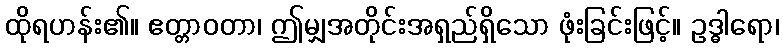
ထိုရဟန်း၏။ ဧတ္တာဝတာ၊ ဤမျှအတိုင်းအရှည်ရှိသော ဖုံးခြင်းဖြင့်။ ဥဒ္ဓါရော၊